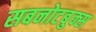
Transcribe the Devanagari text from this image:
सबनोटबुक्स